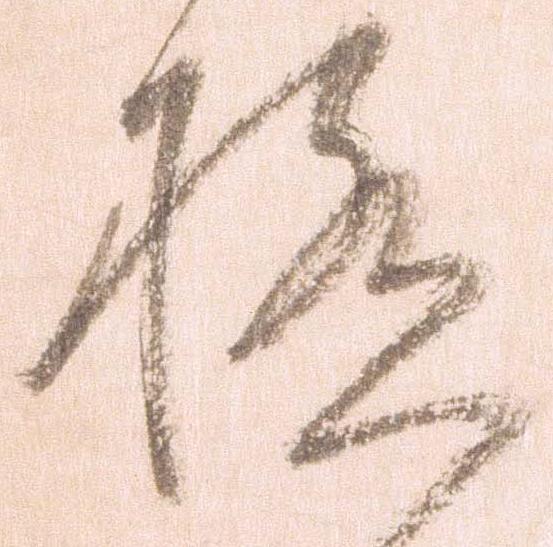
極